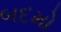
બદમો